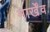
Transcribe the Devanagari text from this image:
मार्खेंव